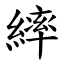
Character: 繂